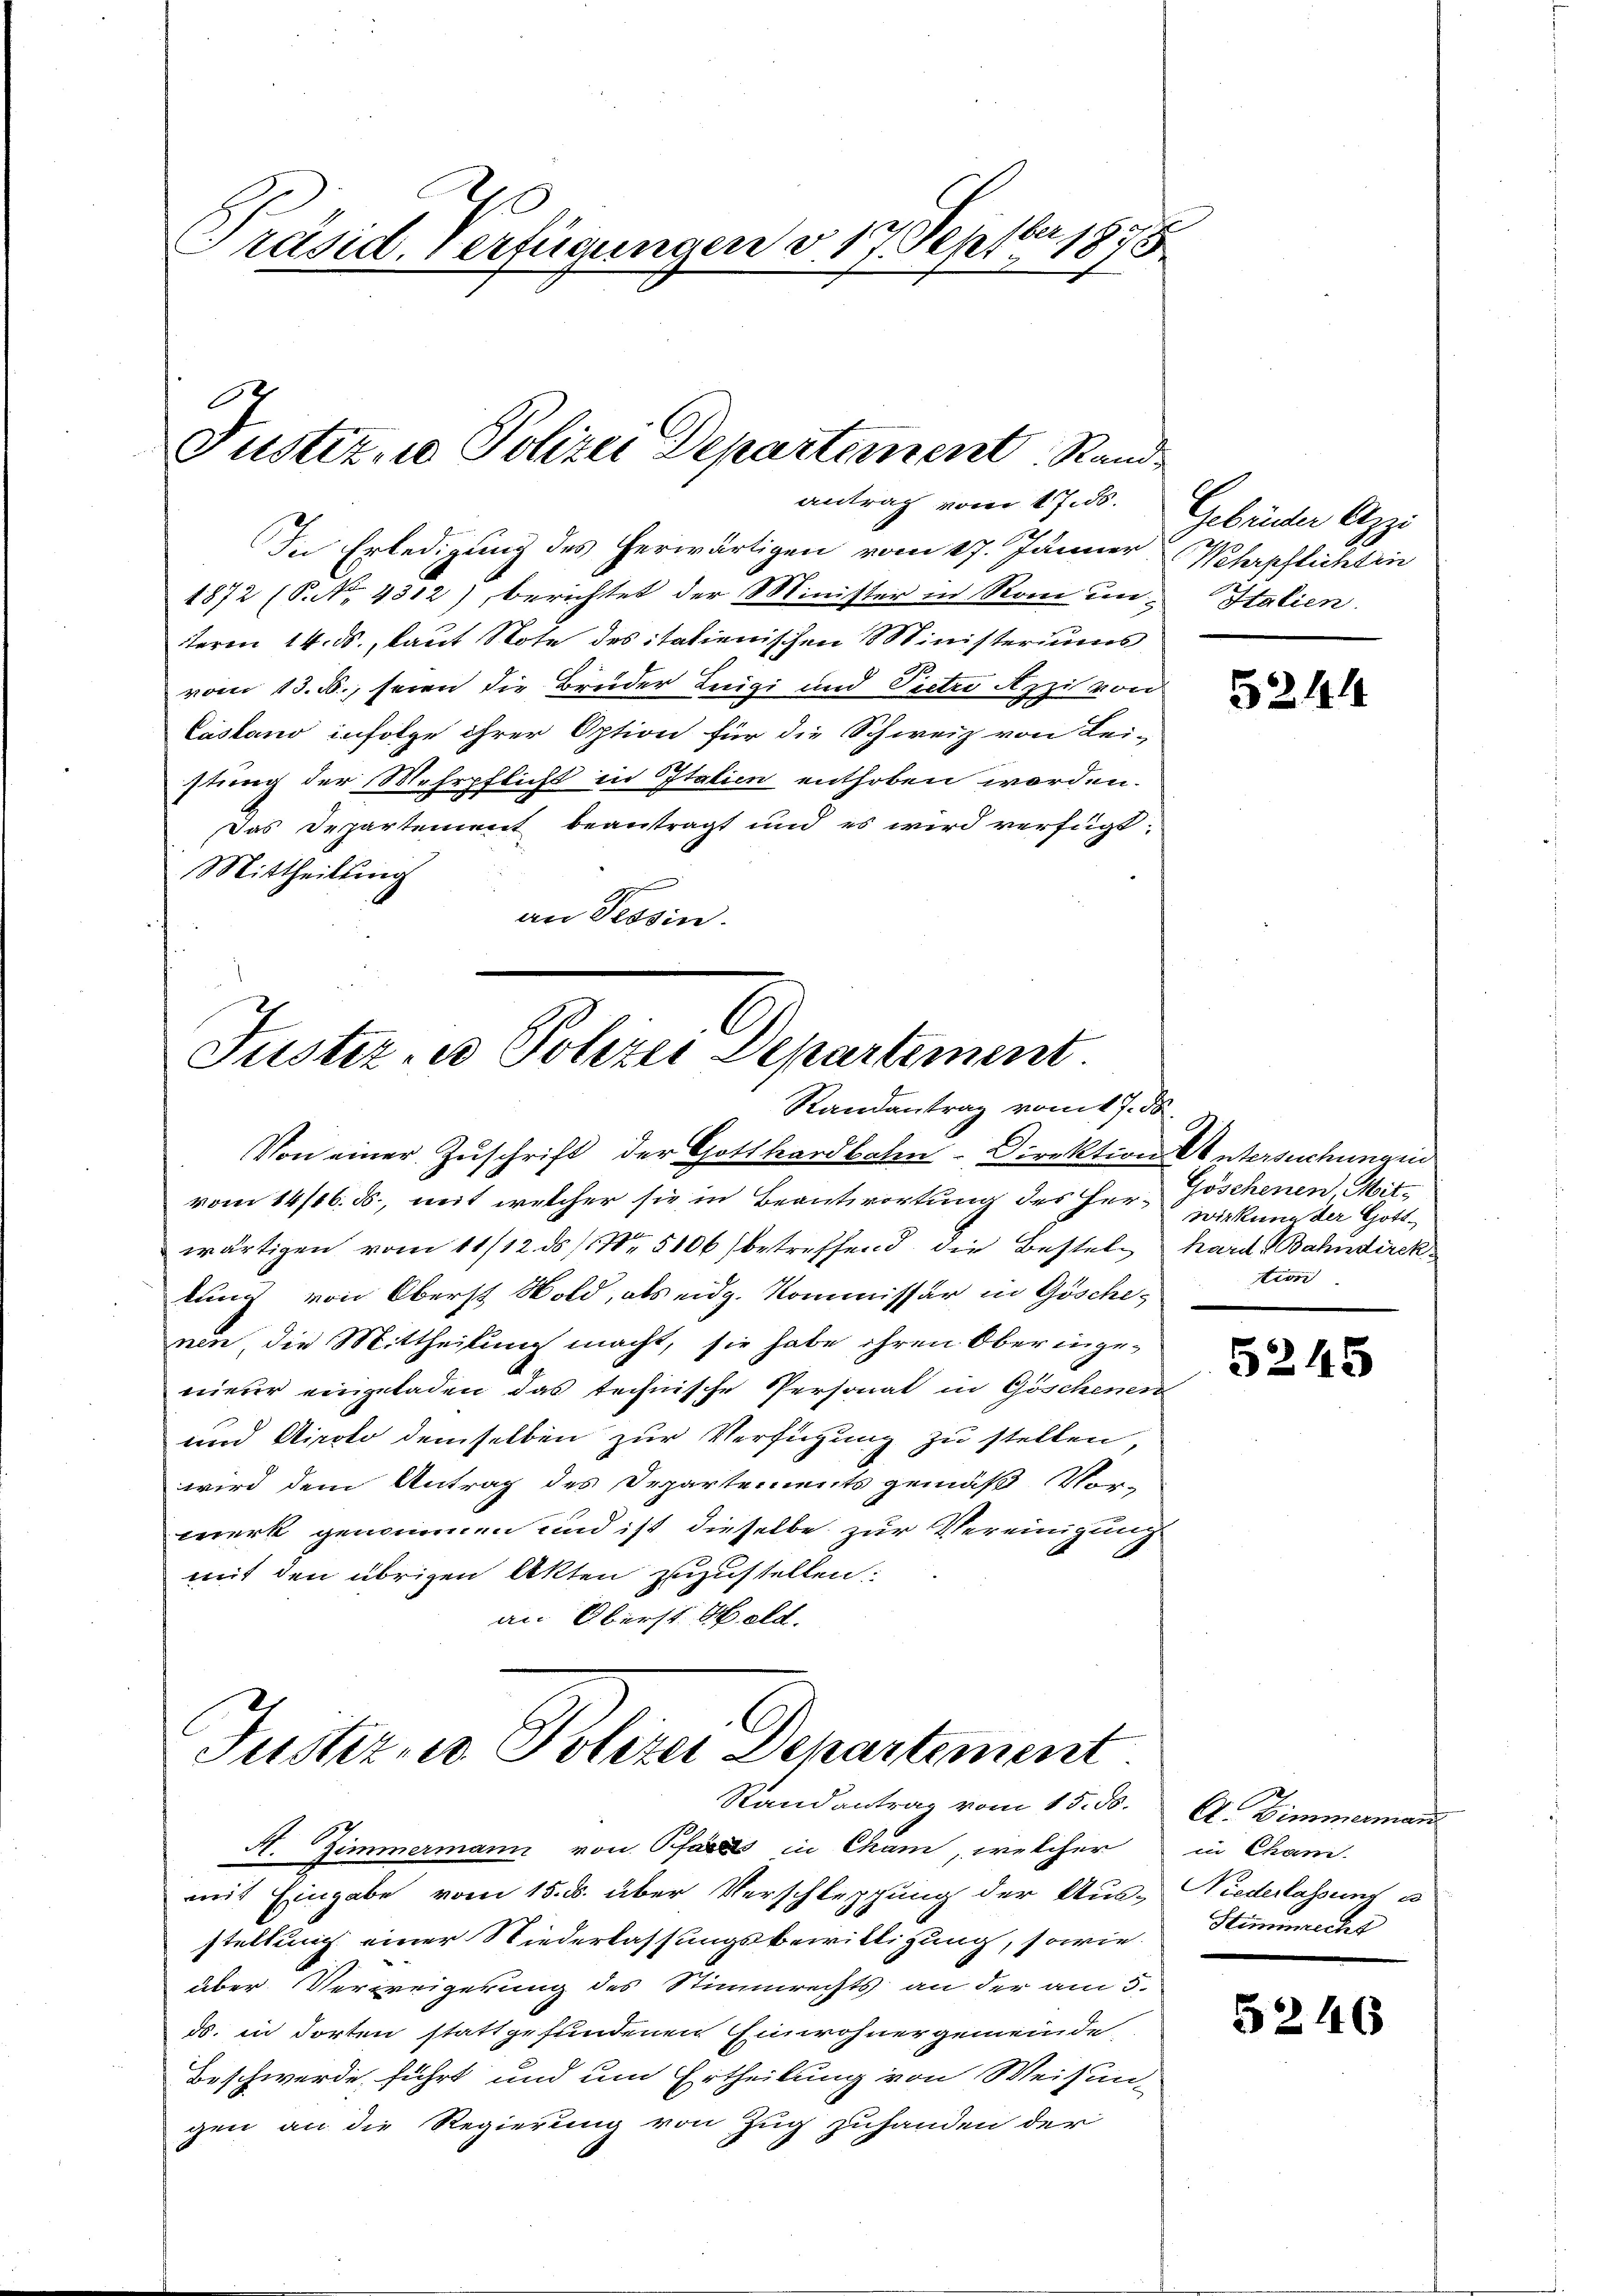
1ber 1848
Präsid. Verfügungen v. 17. Sept.
7

Justiz- u Polizei Departement. Stand
antrag vom 17. ds.

In Erledigung des herwärtigen vom 17. Jänner
1872 (§. No 4312), berichtet der Minister in Rom unterm 14. ds., laut Note des italienischen Ministeriums
vom 13. ß., seien die Bruder Luigi und Pietro Azzis von
Castand infolge ihrer Option für die Schweiz von Lei-
stung der Mehrpflicht in Italien enthoben worden.
Das Departement beantragt und es wird verfügt:
Mittheilung
an Tessin.

Justiz- u Polizei Departement.
Randantrag vom 17. ds.

Von einer Zuschrift der Gotthardbaten Direktion Untersuchungen
vom 14/16. ds., mit welcher sie in Beantwortung des Herwärtigen vom 11/12. ds Nr. 5106 betreffend die Bestele hard Bahndirektung von Oberst Wold, als eidg. Kommissär in Göschenen, die Mittheilung macht, sie habe ihren Oberingenieur eingeladen das technische Personat in Göschenen
und Airolo demselben zur Verfügung zu stellen
wird dem Antrag des Departements gemäß Vor-
werk genommen und ist dieselbe zur Vereinigung
mit den übrigen Akten zuzustellen.
an Oberst Held.

Justiz, wo Polizei Departement.
Randantrag vom 15. ds.

M. Zimmermann von Pfarrs in Cham, welcher
mit Eingabe vom 15. ds. über Verschleppung der Aus-
stellung einer Niederlassungsbewilligung, sowie
über Verweigerung des Stimmrechts an der am 5.
ds. in dorten stattgefundenen Einwohnergemeinde
Beschwerde führt und um Ertheilung von Weisun-
gen an die Regierung von Zug zuhanden der

Gebrüder Anzi
Veterschlichten
Halien.

5244

Göschenen Mit-
wirkung der Gotttion

5245

Ct. Zimmerman
in Chan.
Niederlassung es
Siminrechs

5246